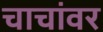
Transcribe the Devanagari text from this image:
चाचांवर